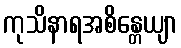
ကုသိနာရအစိန္တေယျာ